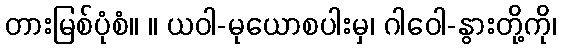
တားမြစ်ပုံစံ။ ။ ယဝါ-မုယောစပါးမှ၊ ဂါဝေါ-နွားတို့ကို၊